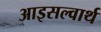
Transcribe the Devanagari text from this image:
आइसल्वार्थ